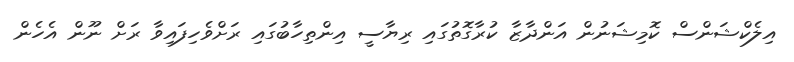
އިލެކްޝަންސް ކޮމިޝަނުން އަންދާޒާ ކުރާގޮތުގައި ރިޔާސީ އިންތިހާބުގައި ރަށްވެހިފައިވާ ރަށް ނޫން އެހެން